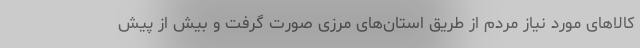
کالاهای مورد نیاز مردم از طریق استان‌های مرزی صورت گرفت و بیش از پیش